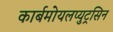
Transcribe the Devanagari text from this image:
कार्बमोयलप्युट्रसिन